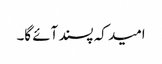
امید کہ پسند آئے گا۔